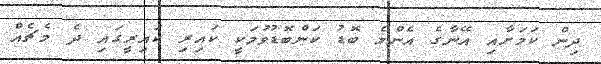
ދިން ކަމަށާއި އޭނާގެ އެންމެ ބޮޑު ކަންބޮޑުވުމަކީ ކައިރި ކައިރީގައި ދެ މެޗެއް